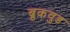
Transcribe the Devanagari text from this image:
ब्रुकवुड